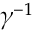
\gamma ^ { - 1 }